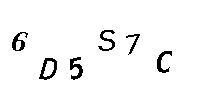
6D5S1C